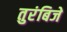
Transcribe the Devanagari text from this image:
तुरंबिजे